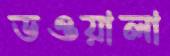
ডওয়ালা